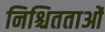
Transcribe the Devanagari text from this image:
निश्चितताओं